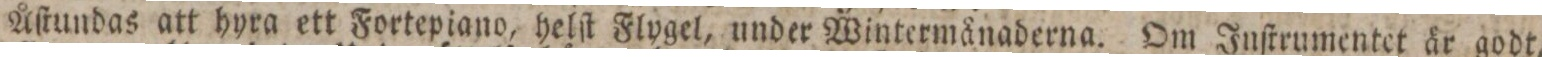
Åſtundas att hyra ett Fortepiano, helſt Flygel, under Wintermånaderna. Om Inſtrumentet är godt,